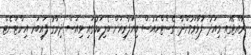
ރާއްޖޭގައި މިއަދު ފުޅާވަމުންދާ ގެސްޓްހައުސް ވިޔަފާރިއަށް ބެލިކަމުގައި ވިއަސް ދިރާގު ފައިބަރ އިންޓަނެޓް